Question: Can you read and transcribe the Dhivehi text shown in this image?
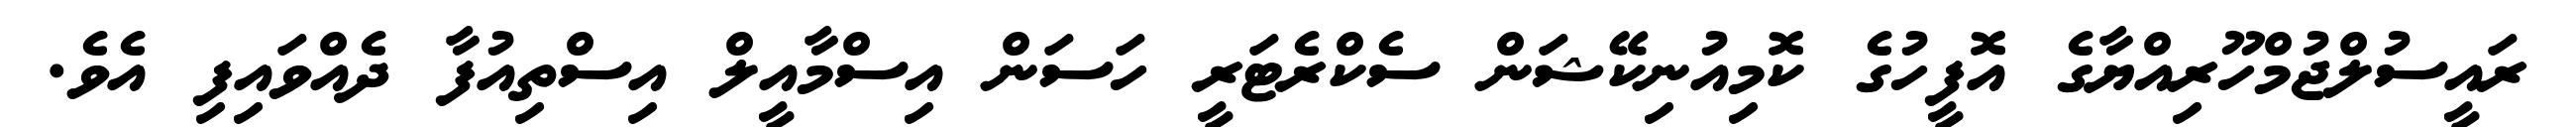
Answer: ރައީސުލްޖުމްހޫރިއްޔާގެ އޮފީހުގެ ކޮމިއުނިކޭޝަން ސެކްރެޓަރީ ހަސަން އިސްމާއީލް އިސްތިއުފާ ދެއްވައިފި އެވެ.